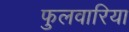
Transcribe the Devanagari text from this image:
फुलवारिया